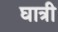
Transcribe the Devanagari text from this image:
घात्री